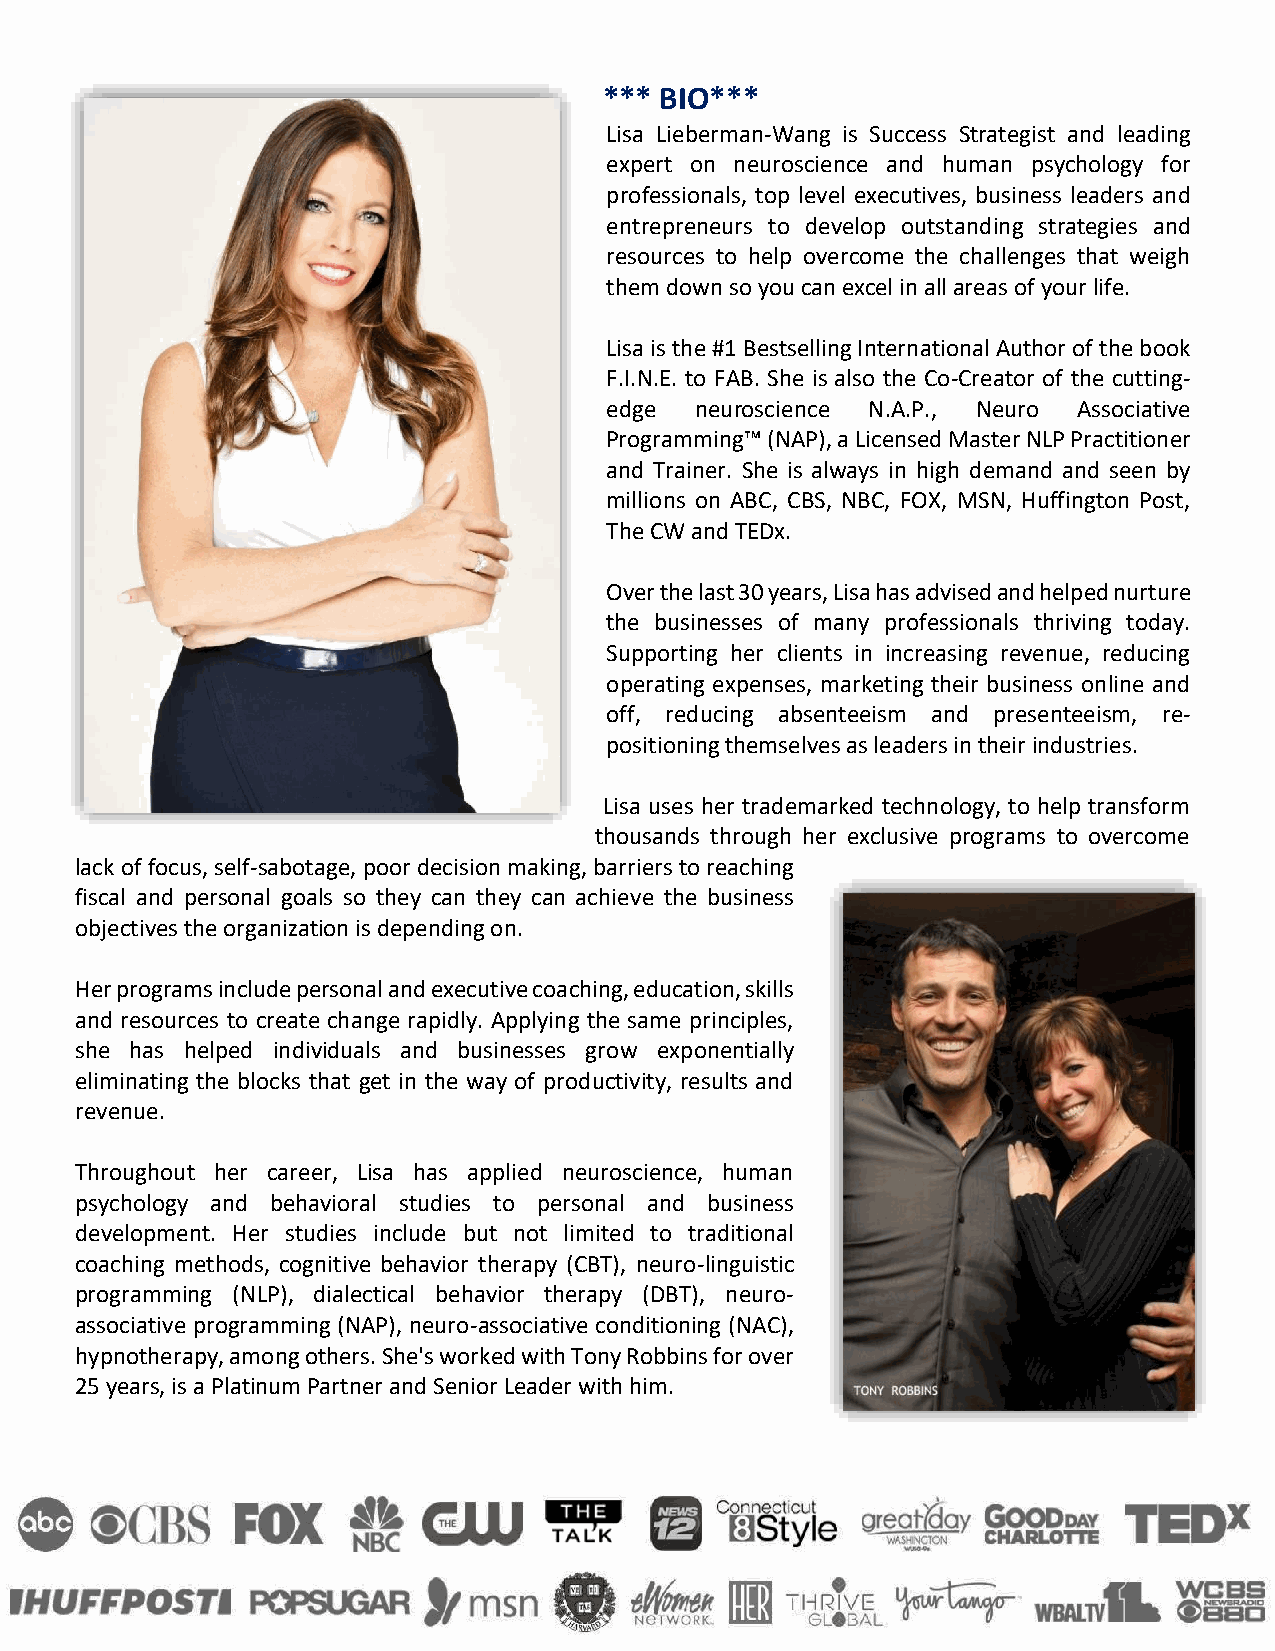
*** BIO***
 Lisa Lieberman-Wang is Success Strategist and leading
 expert on neuroscience and human psychology for
 professionals, top level executives, business leaders and
 entrepreneurs to develop outstanding strategies and
 resources to help overcome the challenges that weigh
 them down so you can excel in all areas of your life.
 Lisa is the #1 Bestselling International Author of the book
 F.I.N.E. to FAB. She is also the Co-Creator of the cutting-
 edge  neuroscience N.A.P., Neuro Associative
 Programming™ (NAP), a Licensed Master NLP Practitioner
 and Trainer. She is always in high demand and seen by
 millions on ABC, CBS, NBC, FOX, MSN, Huffington Post,
 The CW and TEDx.
 Over the last 30 years, Lisa has advised and helped nurture
 the businesses of many professionals thriving today.
 Supporting her clients in increasing revenue, reducing
 operating expenses, marketing their business online and
 off, reducing absenteeism and presenteeism, re-
 positioning themselves as leaders in their industries.
 Lisa uses her trademarked technology, to help transform
 thousands through her exclusive programs to overcome
 lack of focus, self-sabotage, poor decision making, barriers to reaching
 fiscal and personal goals so they can they can achieve the business
 objectives the organization is depending on.
 Her programs include personal and executive coaching, education, skills
 and resources to create change rapidly. Applying the same principles,
 she has helped individuals and businesses grow exponentially
 eliminating the blocks that get in the way of productivity, results and
 revenue.
 Throughout her career, Lisa has applied neuroscience, human
 psychology and behavioral studies to personal and business
 development. Her studies include but not limited to traditional
 coaching methods, cognitive behavior therapy (CBT), neuro-linguistic
 programming (NLP), dialectical behavior therapy (DBT), neuro-
 associative programming (NAP), neuro-associative conditioning (NAC),
 hypnotherapy, among others. She's worked with Tony Robbins for over
 25 years, is a Platinum Partner and Senior Leader with him.